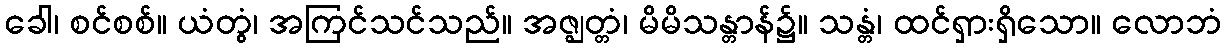
ခေါ၊ စင်စစ်။ ယံတွံ၊ အကြင်သင်သည်။ အဇ္ဈတ္တံ၊ မိမိသန္တာန်၌။ သန္တံ၊ ထင်ရှားရှိသော။ လောဘံ